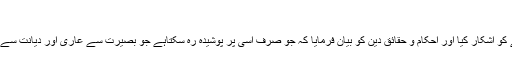
(٣)
ابن حجر ہیثمی کہتے ہیں : امام محمد باقر علیہ السلام نے اس قدر معارف کے خزانے کو آشکار کیا اور احکام و حقائق دین کو بیان فرمایا کہ جو صرف اسی پر پوشیدہ رہ سکتاہے جو بصیرت سے عاری اور دیانت سے خالی ہوگا ، اسی لئے آپ کو باقر العلوم اور پرچم علم کو بلند کرنے والا کہاجاتاہے ”۔